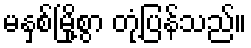
မနှစ်မြို့စွာ တုံ့ပြန်သည်။